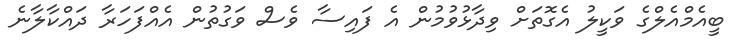
ބީއެމްއެލްގެ ވަކީލު އެގޮތަށް ވިދާޅުވުމުން އެ ފައިސާ ވެސް ވަގުތުން އެއްފަހަރާ ދައްކާލާނެ